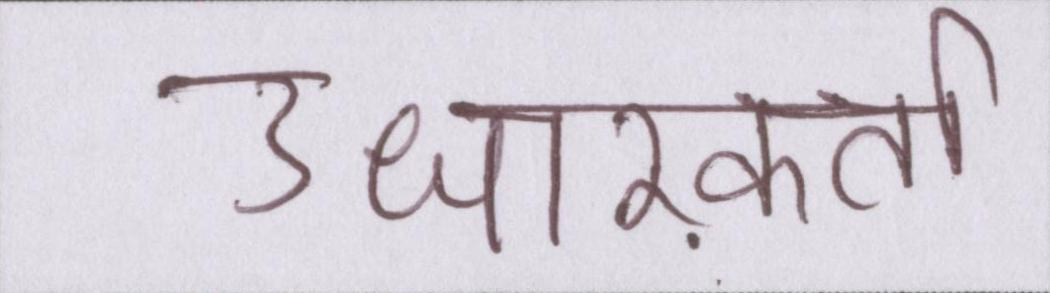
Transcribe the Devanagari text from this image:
उधारकर्ता